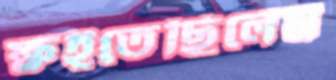
ক্ষইতেছিলেম